Report on malaria in the Punjab during the year ...  together with an account of the work of the Punjab Malaria Bureau - Volume 3
Disease focus: Malaria
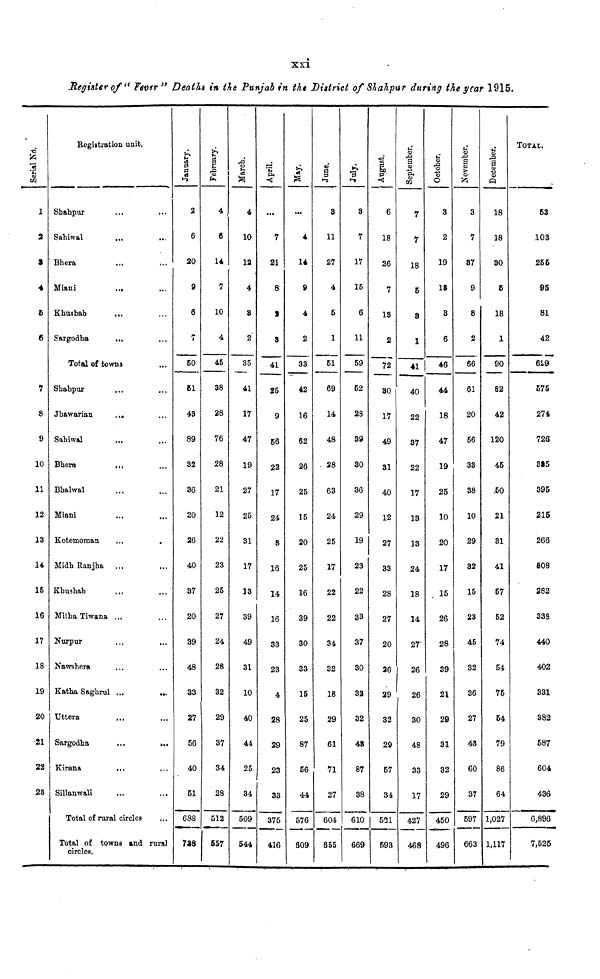
xxi
Register of " Fever" Deaths in the Punjab in the District of Shahpur during the year 1915,
Serial No.
1
2
8
4
5
6
7
8
9
10
11
12
13
14
15
16
17
18
19
20
21
22
23
Registration unit.
Shahpur ... ...
Sahiwal
...
...
Bhera ... ...
Miani
... ...
Khushab
... ...
Sargodha ... ...
Total of towns
Shahpur ... ...
Jhawarian
... ...
Sahiwal ... ...
Bhera ... ...
Bhalwal ... ...
Miani ... ...
Kotemoman
...
...
Midh Ranjha ... ...
Khushab
... ...
Mitha Tiwana ... ...
Nurpur
...
...
Nawshera
Katha Saghrul ... ...
Uttera ... ...
Sargodha
...
...
Kirana
...
...
Sillanwali ... ...
Total of rural circles ...
Total of towns and rural
circles.
January.
2
6
20
9
6
7
50
61
43
89
32
36
20
26
40
37
20
39
48
33
27
56
40
51
688
788
February.
4
6
14
7
10
4
45
38
28
76
28
21
12
22
23
25
27
24
28
32
29
37
34
28
512
557
March.
4
10
12
4
8
2
35
41
17
47
19
27
25
31
17
13
39
49
31
10
40
44
25
34
509
544
April.
...
7
21
8
3
41
25
9
56
22
17
24
S
16
14
16
33
23
4
28
29
23
33
375
416
May.
...
4
14
9
4
2
33
42
16
62
26
25
15
20
25
16
39
30
33
15
25
87
56
44
576
809
June.
3
11
27
4
5
1
51
69
14
48
28
63
24
25
17
22
22
34
32
18
29
61
71
27
604
655
July.
8
7
17
15
6
11
59
62
28
89
30
36
29
19
23
22
33
37
30
32
32
48
87
38
610
669
August.
6
18
26
7
13
2
72
80
17
49
31
40
12
27
33
28
27
20
26
29
32
29
57
34
521
593
September.
7
7
18
5
8
1
41
40
22
37
22
17
13
13
24
18
14
27
26
26
30
48
33
17
427
468
October.
3
2
19
18
3
6
46
44
18
47
19
25
10
20
17
15
26
28
39
21
29
31
32
29
460
496
November.
3
7
87
9
8
2
66
61
20
66
33
38
10
29
32
15
23
45
32
36
27
48
60
37
597
663
December.
18
18
30
6
18
1
90
82
42
120
45
50
21
81
41
57
52
74
54
75
54
79
86
64
1,027
1,117
TOTAL
53
.103
266
95
81
42
629
575
274
726
325
395
215
266
808
282
338
440
402
331
382
687
604
436
6,896
7,525